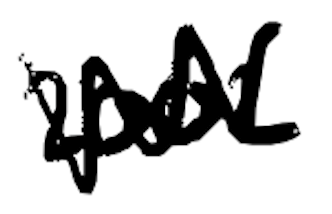
Text: 2002
Cross-out: zig-zag
Writing tool: digital_black